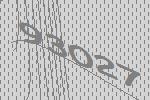
93027